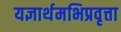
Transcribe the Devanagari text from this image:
यज्ञार्थमभिप्रवृत्ता